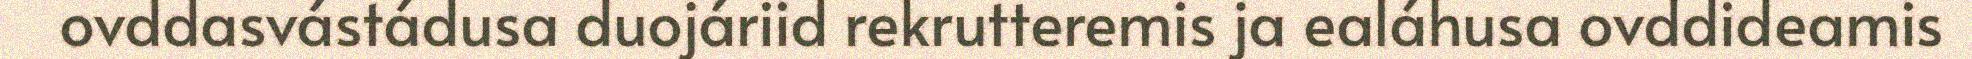
ovddasvástádusa duojáriid rekrutteremis ja ealáhusa ovddideamis